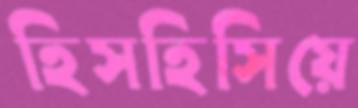
হিসহিসিয়ে